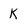
Character: K